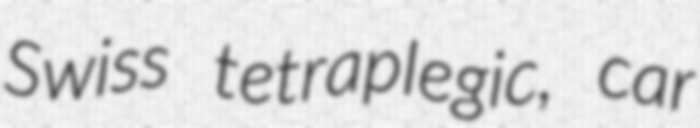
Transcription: Swiss tetraplegic, car